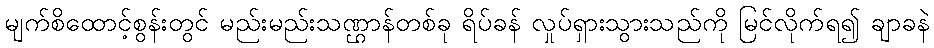
မျက်စိထောင့်စွန်းတွင် မည်းမည်းသဏ္ဌာန်တစ်ခု ရိပ်ခန် လှုပ်ရှားသွားသည်ကို မြင်လိုက်ရ၍ ချာခနဲ